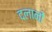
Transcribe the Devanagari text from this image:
दलानों